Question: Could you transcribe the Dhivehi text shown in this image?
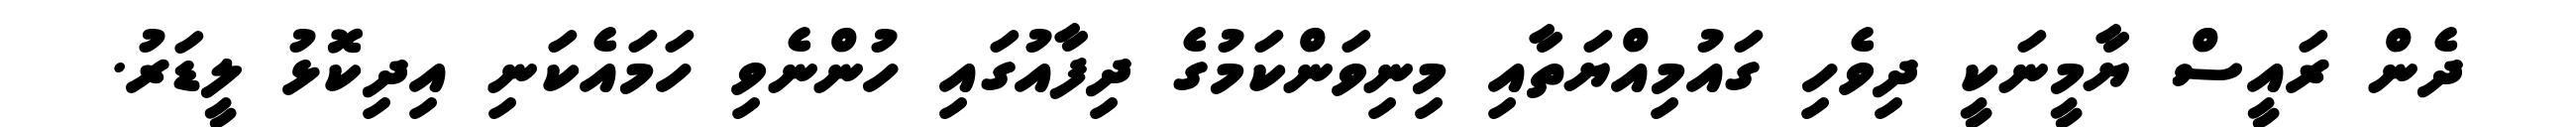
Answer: ދެން ރައީސް ޔާމީނަކީ ދިވެހި ގައުމިއްޔަތާއި މިނިވަންކަމުގެ ދިފާއުގައި ހުންނެވި ހަމައެކަނި އިދިކޮޅު ލީޑަރު.